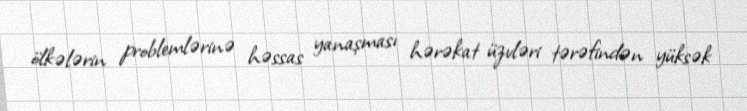
ölkələrin problemlərinə həssas yanaşması hərəkat üzvləri tərəfindən yüksək